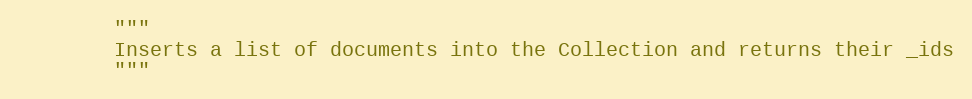
Language: Python
        """
        Inserts a list of documents into the Collection and returns their _ids
        """